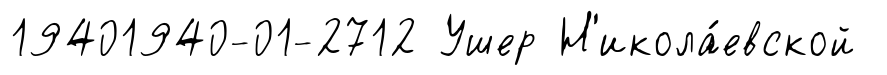
19401940-01-2712 Ушер Н'икола́евской